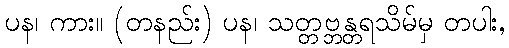
ပန၊ ကား။ (တနည်း) ပန၊ သတ္တဗ္ဘန္တရသိမ်မှ တပါး,